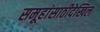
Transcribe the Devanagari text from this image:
समूहांसाठीदेखिल